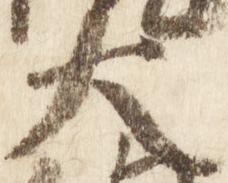
大